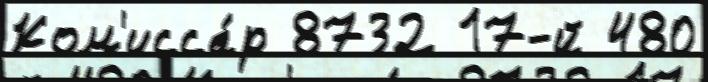
Ком'исса́р 8732 17-й 480